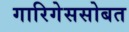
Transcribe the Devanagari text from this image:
गारिगेससोबत